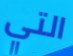
التي